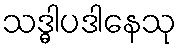
သဒ္ဓါပဒါနေသု